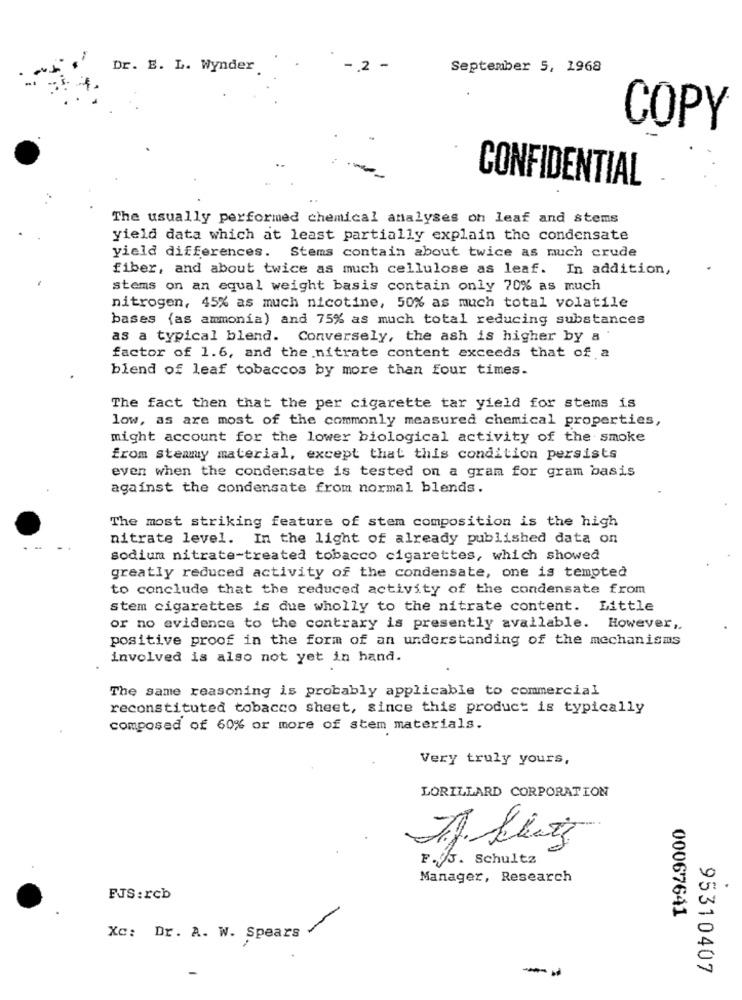
Dr. E. L. Wynder
-. 2 -
September 5, 1968
COPY
CONFIDENTIAL
The usually performed chemical analyses on leaf and stems
yield data which at least partially explain the condensate
yield differences. Stems contain about twice as much crude
fiber, and about twice as much cellulose as leaf. In addition,
stems on an equal weight basis contain only 70% as much
nitrogen, 45% as much nicotine, 50% as much total volatile
bases (as ammonia) and 75% as much total reducing substances
as a typical blend. Conversely, the ash is higher by a
factor of 1.6, and the nitrate content exceeds that of a
blend of leaf tobaccos by more than four times.
The fact then that the per cigarette tar yield for stems is
low, as are most of the commonly measured chemical properties,
might account for the lower biological activity of the smoke
from steamy material, except that this condition persists
even when the condensate is tested on a gram for gram basis
against the condensate from normal blends.
The most striking feature of stem composition is the high
nitrate level. In the light of already published data on
sodium nitrate-treated tobacco cigarettes, which showed
greatly reduced activity of the condensate, one is tempted
to conclude that the reduced activity of the condensate from
stem cigarettes is due wholly to the nitrate content. Little
or no evidence to the contrary is presently available. However,
positive proof in the form of an understanding of the mechanisms
involved is also not yet in hand.
The same reasoning is probably applicable to commercial
reconstituted tobacco sheet, since this product is typically
composed of 60% or more of stem materials.
Very truly yours,
LORILLARD CORPORATION
F. 5. Schultz
Manager, Research
FJS :rcb
00067641
Xc: Dr. A. W. Spears
-
--
95310407